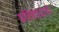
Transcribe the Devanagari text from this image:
प्रतिवादाची